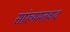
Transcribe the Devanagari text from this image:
सांख्यमतवाद